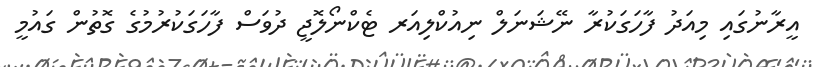
އީރާނުގައި މިއަދު ފާހަގަކުރާ ނޭޝަނަލް ނިއުކްލިއަރ ޓެކްނޯލޮޖީ ދުވަސް ފާހަގަކުރުމުގެ ގޮތުން ގައުމީ